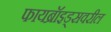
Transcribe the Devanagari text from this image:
फायब्रॉइड्‌सवरील